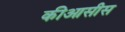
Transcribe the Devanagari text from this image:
कीआसीस